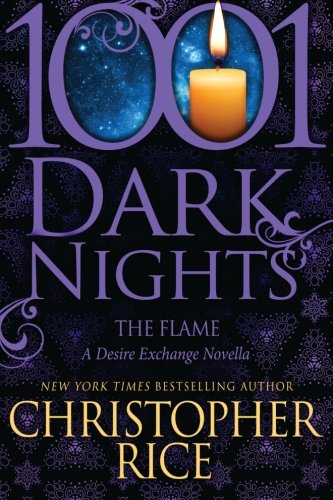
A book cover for The Flame: A Desire Exchange Novella (1001 Dark Nights); Christopher Rice; Romance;